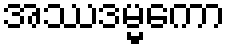
အဿဒမ္မကော